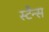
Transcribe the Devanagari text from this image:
स्टैन्स